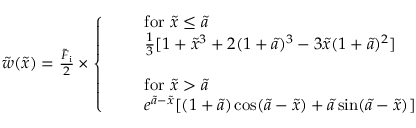
\begin{array} { r } { \tilde { w } ( \tilde { x } ) = \frac { \tilde { F } _ { \mathrm { i } } } { 2 } \times \left\{ \begin{array} { l l } & { \mathrm { f o r ~ } \tilde { x } \leq \tilde { a } } \\ & { \frac { 1 } { 3 } [ 1 + \tilde { x } ^ { 3 } + 2 ( 1 + \tilde { a } ) ^ { 3 } - 3 \tilde { x } ( 1 + \tilde { a } ) ^ { 2 } ] } \\ { \quad } \\ & { \mathrm { f o r ~ } \tilde { x } > \tilde { a } } \\ & { e ^ { \tilde { a } - \tilde { x } } [ ( 1 + \tilde { a } ) \cos ( \tilde { a } - \tilde { x } ) + \tilde { a } \sin ( \tilde { a } - \tilde { x } ) ] } \end{array} \right. } \end{array}